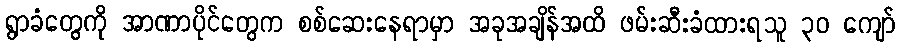
ရွာခံတွေကို အာဏာပိုင်တွေက စစ်ဆေးနေရာမှာ အခုအချိန်အထိ ဖမ်းဆီးခံထားရသူ ၃၀ ကျော်